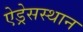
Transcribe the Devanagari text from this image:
ऐड्रेसस्थान